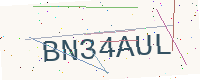
Text: BN34AUL